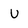
Character: U